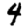
Digit: 4